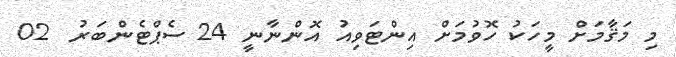
މި މަޤާމަށް މީހަކު ހޮވުމަށް އިންޓަވިއު އޮންނާނީ 24 ސެޕްޓެންބަރު  02